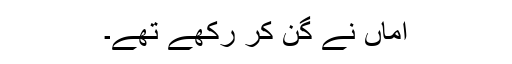
اماں نے گن کر رکھے تھے۔